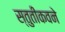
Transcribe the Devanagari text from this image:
स्तुतीकवने